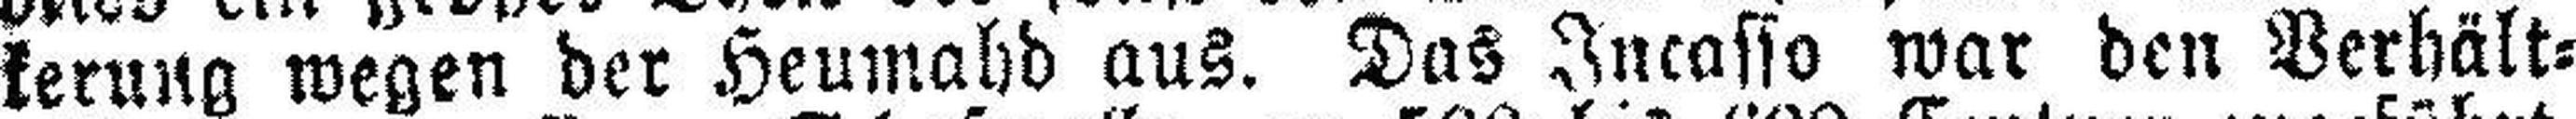
kerung wegen der Heumahd aus. Das Incasso war den Verhält¬